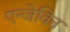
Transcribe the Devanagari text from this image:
एन्जेविन